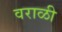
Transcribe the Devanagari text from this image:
वराळी